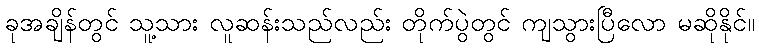
ခုအချိန်တွင် သူ့သား လူဆန်းသည်လည်း တိုက်ပွဲတွင် ကျသွားပြီလော မဆိုနိုင်။